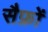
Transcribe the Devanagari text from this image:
सैफ्रों